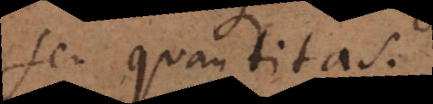
seu quantitas.